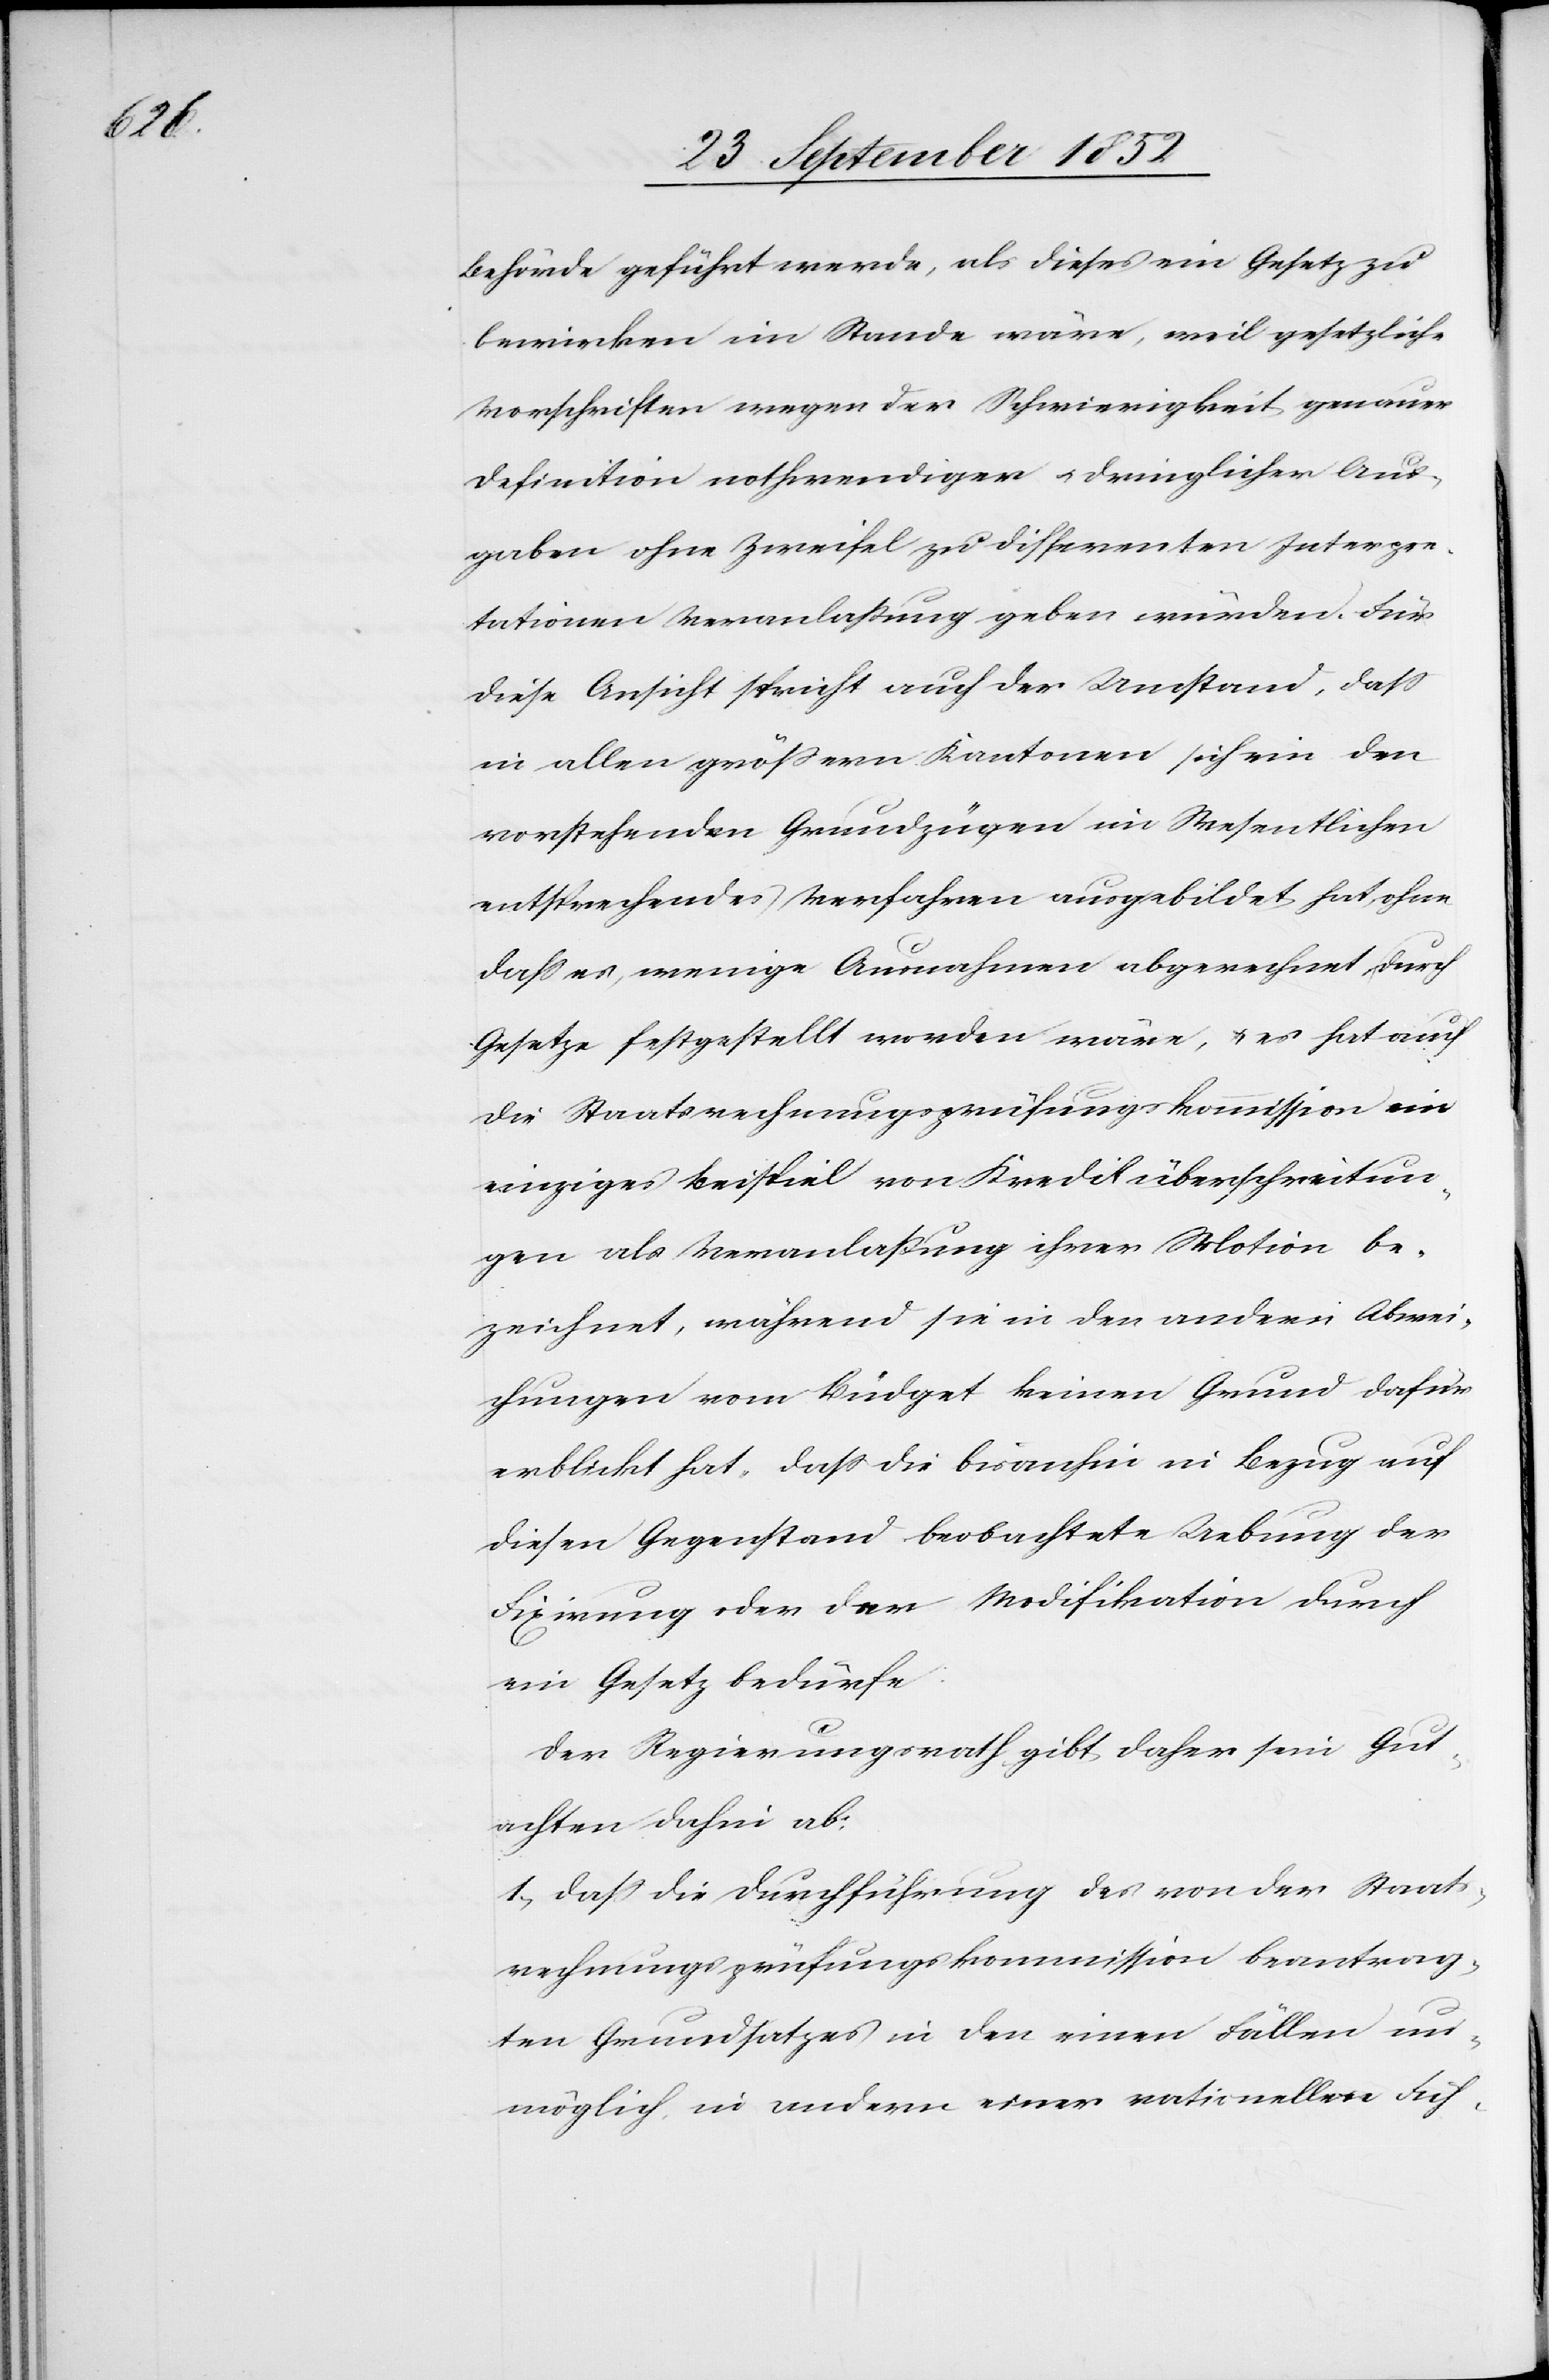
Behörde geführt werde, als dieses ein Gesetz zu
bewirken im Stande wäre, weil gesetzliche
Vorschriften wegen der Schwierigkeit genauer
Definition nothwendiger & dringlicher Aus¬
gaben ohne Zweifel zu differenten Interpre¬
tationen Veranlaßung geben würden. Für
diese Ansicht spricht auch der Umstand, dass
in allen grössern Kantonen sich ein den
vorstehenden Grundzügen im Wesentlichen
entsprechendes Verfahren ausgebildet hat, ohne
dass es, wenige Ausnahmen abgerechnet, durch
Gesetze festgestellt worden wäre, & es hat auch
die Staatsrechnungsprüfungskommission ein
einziges Beispiel von Kreditüberschreitun¬
gen als Veranlaßung ihrer Motion be¬
zeichnet, während sie in den andern Abwei¬
chungen vom Büdget keinen Grund dafür
erblickt hat, dass die bisanhin in Bezug auf
diesen Gegenstand beobachtete Uebung der
Fixirung oder der Modifikation durch
ein Gesetz bedürfe:
Der Regierungsrath gibt daher sein Gut¬
achten dahin ab:
1, dass die Durchführung des von der Staats¬
rechnungsprüfungskommission beantrag¬
ten Grundsatzes in den einen Fällen un¬
möglich, in andern einer rationellen Füh-